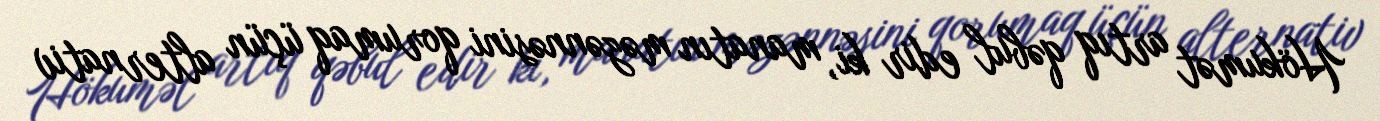
Hökumət artıq qəbul edir ki, manatın məzənnəsini qorumaq üçün alternativ